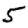
Digit: 5